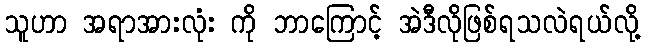
သူဟာ အရာအားလုံး ကို ဘာကြောင့် အဲဒီလိုဖြစ်ရသလဲရယ်လို့